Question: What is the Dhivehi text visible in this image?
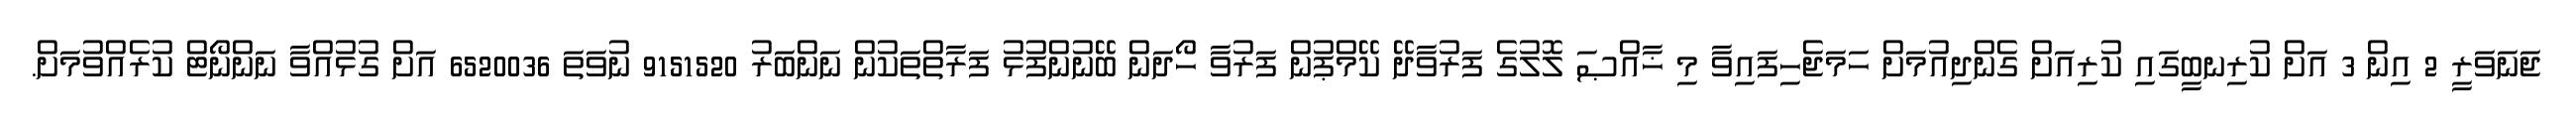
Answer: ޖަނަވަރީ 2 އިން 3 އަށް ކުރިނބީގައި ކުރިއަށް ގެންދިއުމަށް ހަމަޖެހިފައިވާ މި ޚާއްޞަ ލޮލުގެ ފަރުވާދޭ ކޭމްޕުން ފަރުވާ ހޯދަން ބޭނުންފުޅު ފަރާތްތަކުން ނަންބަރު 9151520 ނުވަތަ 6520036 އަށް ގުޅުއްވާ ނަންނޯޓް ކުރެއްވުމަށް.